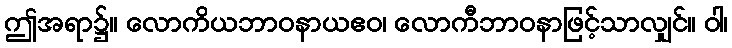
ဤအရာ၌။ လောကိယဘာဝနာယဧဝ၊ လောကီဘာဝနာဖြင့်သာလျှင်။ ဝါ၊